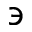
\backepsilon